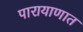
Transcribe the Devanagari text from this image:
पारायाणात